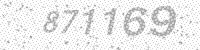
Solution: 871169